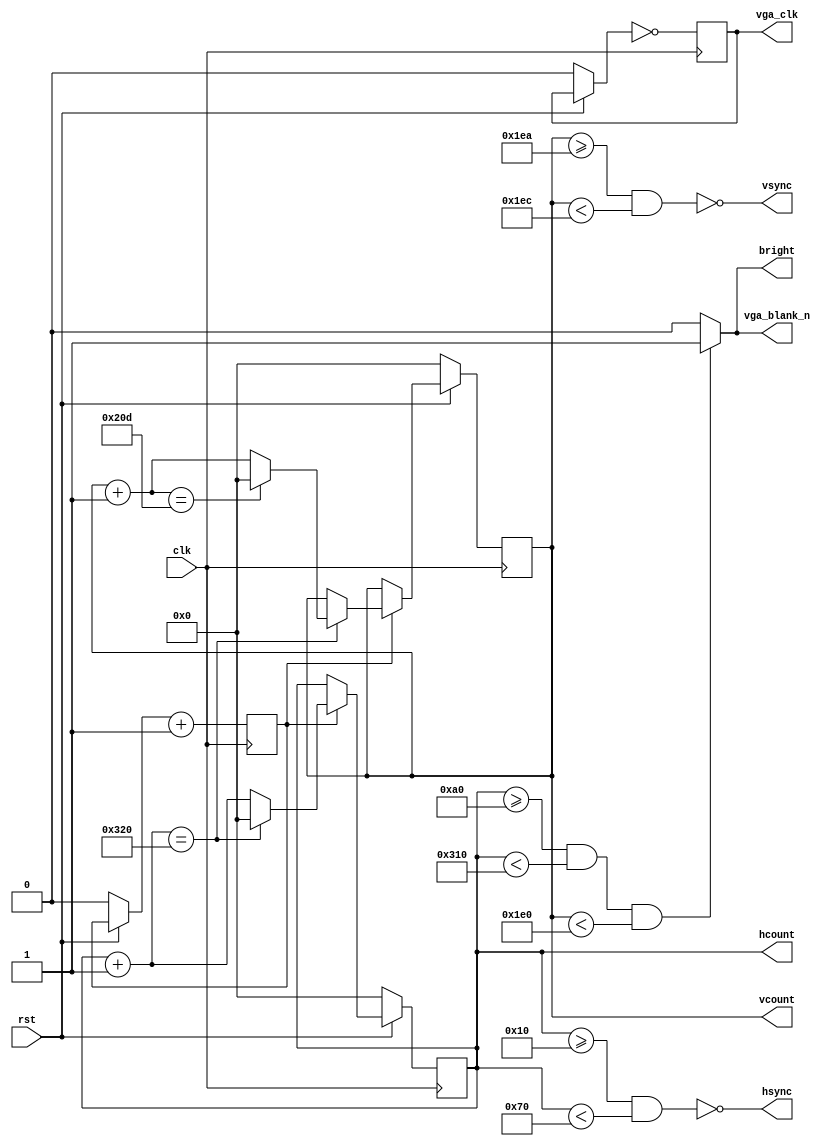
module vga_control (clk, rst, vga_blank_n, hsync, vsync, vga_clk, bright, hcount, vcount);
	input			clk, rst;
	output		hsync, vsync;
	output reg	vga_blank_n, vga_clk, bright;
	
	// size of registers log2(800) ~ 10
	//							log2(525) ~ 10
	output reg [9:0] hcount, vcount;
	reg		 counter;
	
	parameter HS_START = 10'd16;
	parameter HS_SYNC  = 10'd96;
	parameter HS_END   = 10'd48;
	parameter HS_TOTAL = 10'd800;
	
	parameter VS_INIT  = 10'd480;
	parameter VS_START = 10'd10;
	parameter VS_SYNC  = 10'd2;
	parameter VS_END   = 10'd33;
	parameter VS_TOTAL = 10'd525;

	always @(posedge clk) begin
		if (rst == 1'b0) begin
			vcount  = 10'd0; 	
			hcount  = 10'd0;
			counter = 1'b0; 	
			vga_clk = 1'b0;
		end
		
		else if (counter == 1'b1) begin
			hcount = hcount + 1'b1;
			if (hcount == HS_TOTAL) begin
				hcount = 10'd0;
				vcount = vcount + 1'b1;
				if (vcount == VS_TOTAL)
					vcount = 10'd0;
			end
		end
		
		vga_clk = ~vga_clk;
		counter = counter + 1'b1;
	end
	
	assign hsync = ~((hcount >= HS_START) & (hcount < HS_START + HS_SYNC));
	
	assign vsync = ~((vcount >= VS_INIT + VS_START) & (vcount < VS_INIT + VS_START + VS_SYNC));
	
	always @(*) begin
		// bright
		if ((hcount >= HS_START + HS_SYNC + HS_END)
					&& (hcount < HS_TOTAL - HS_START) 
					&& (vcount < VS_INIT)) begin
			bright = 1'b1;
			vga_blank_n = 1'b1;
		end
		
		else begin
			bright = 1'b0;
			vga_blank_n = 1'b0;
		end
	end
	
endmodule